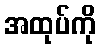
အထုပ်ကို